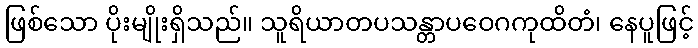
ဖြစ်သော ပိုးမျိုးရှိသည်။ သူရိယာတပသန္တာပဝေဂကုထိတံ၊ နေပူဖြင့်